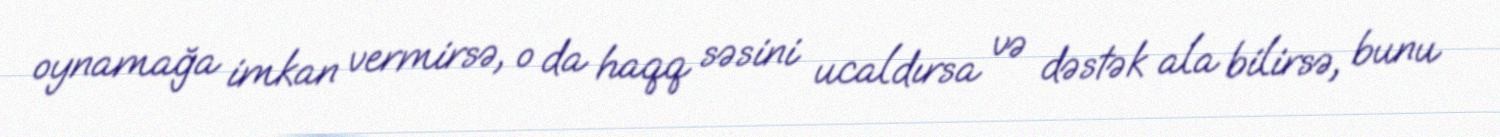
oynamağa imkan vermirsə, o da haqq səsini ucaldırsa və dəstək ala bilirsə, bunu